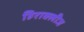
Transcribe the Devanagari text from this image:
हिराक्लीज